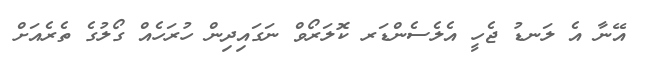
އޭނާ އެ ލަނޑު ޖެހީ އެލެސެންޑަރ ކޮލަރޯވް ނަގައިދިން ހުރަހެއް ގޯލުގެ ތެރެއަށް